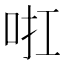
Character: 𠲞